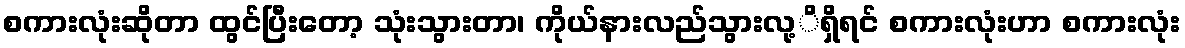
စကားလုံးဆိုတာ ထွင်ပြီးတော့ သုံးသွားတာ၊ ကိုယ်နားလည်သွားလု့ိရှိရင် စကားလုံးဟာ စကားလုံး